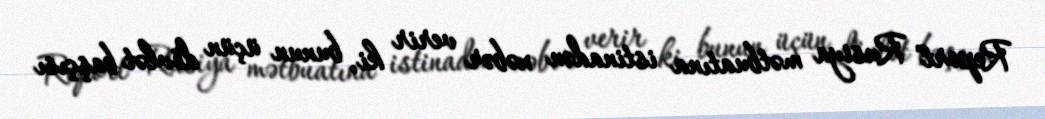
Report" Rusiya mətbuatına istinadən xəbər verir ki, bunun üçün dövlət başçısı